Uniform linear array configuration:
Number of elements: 48
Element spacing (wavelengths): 1
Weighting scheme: exponential
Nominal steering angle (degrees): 45
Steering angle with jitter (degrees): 44.757
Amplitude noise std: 0.05
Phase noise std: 0.05

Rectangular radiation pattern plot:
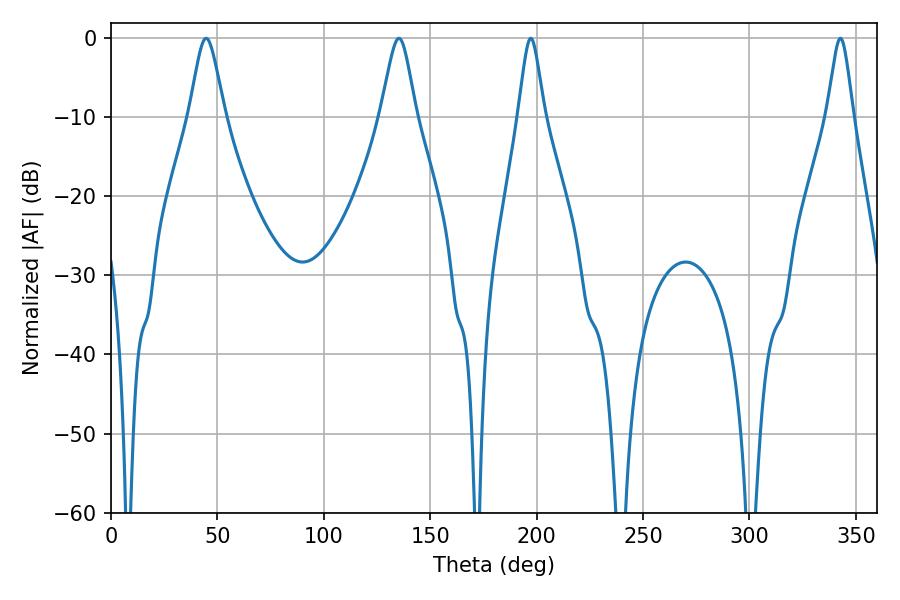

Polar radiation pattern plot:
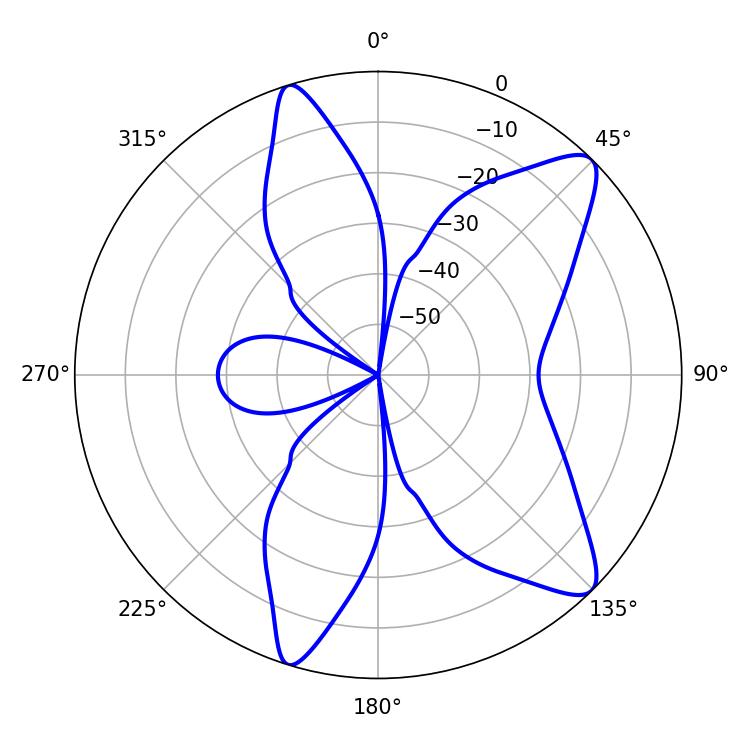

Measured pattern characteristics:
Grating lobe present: TRUE
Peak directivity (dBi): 10.718
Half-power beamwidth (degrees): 5.94
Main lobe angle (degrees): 197.28